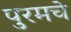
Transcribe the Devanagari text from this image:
पुरमचे